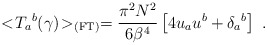
\begin{align*}<\!{{ T}_{a}}^b(\gamma)\!>_{\rm (FT)}={\pi^2 N^2 \over 6 {{\beta}}^4}\left[ 4u_a u^b +{{\delta}_a}^b\right]\ .\end{align*}